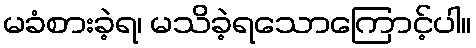
မခံစားခဲ့ရ၊ မသိခဲ့ရသောကြောင့်ပါ။